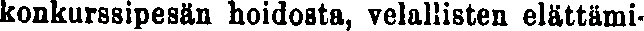
konkurssipesän hoidosta, velallisten elättämi-